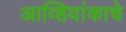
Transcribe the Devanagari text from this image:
आव्हियांकाचे